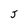
Character: J